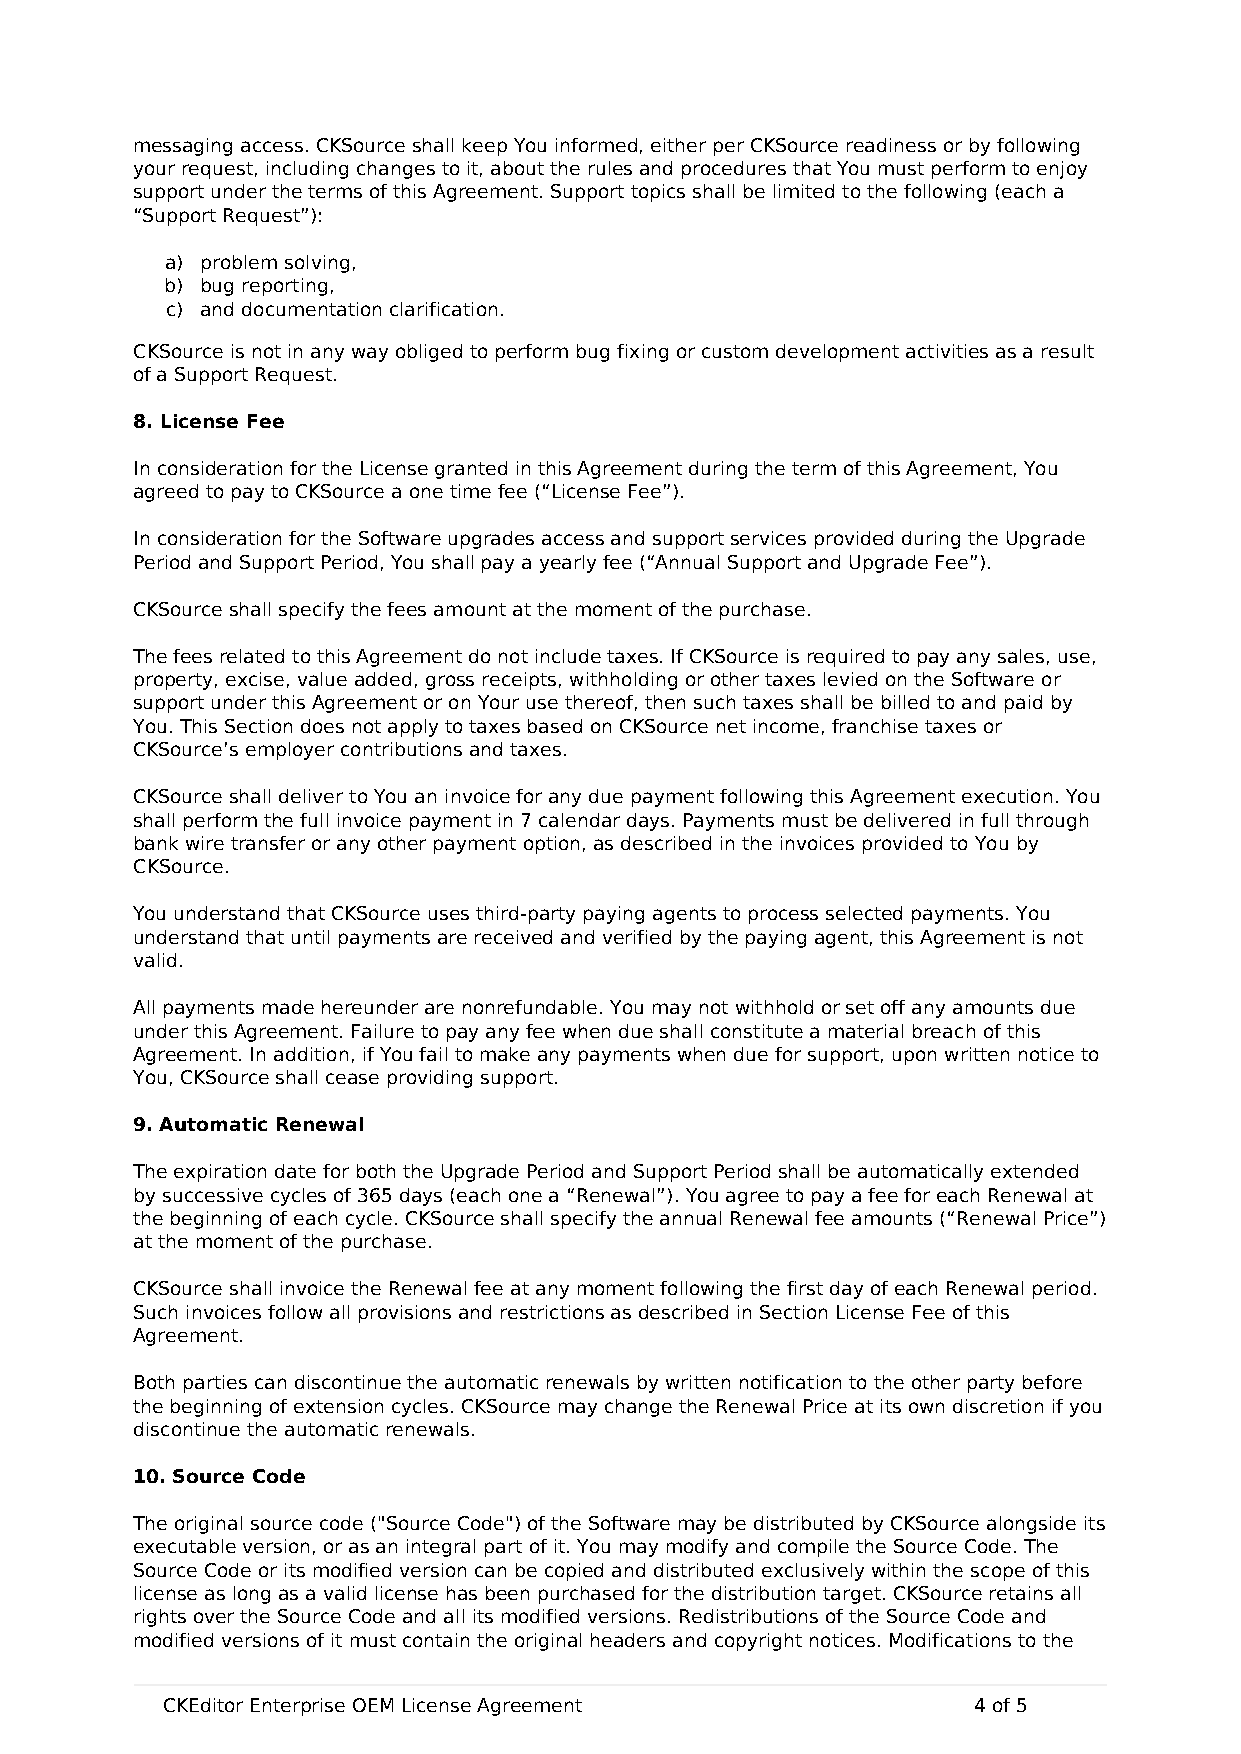
messaging access. CKSource shall keep You informed, either per CKSource readiness or by following
 your request, including changes to it, about the rules and procedures that You must perform to enjoy
 support under the terms of this Agreement. Support topics shall be limited to the following (each a
 “Support Request”):
 a) problem solving,
 b) bug reporting,
 c) and documentation clarification.
 CKSource is not in any way obliged to perform bug fixing or custom development activities as a result
 of a Support Request.
 8. License Fee
 In consideration for the License granted in this Agreement during the term of this Agreement, You
 agreed to pay to CKSource a one time fee (“License Fee”).
 In consideration for the Software upgrades access and support services provided during the Upgrade
 Period and Support Period, You shall pay a yearly fee (“Annual Support and Upgrade Fee”).
 CKSource shall specify the fees amount at the moment of the purchase.
 The fees related to this Agreement do not include taxes. If CKSource is required to pay any sales, use,
 property, excise, value added, gross receipts, withholding or other taxes levied on the Software or
 support under this Agreement or on Your use thereof, then such taxes shall be billed to and paid by
 You. This Section does not apply to taxes based on CKSource net income, franchise taxes or
 CKSource’s employer contributions and taxes.
 CKSource shall deliver to You an invoice for any due payment following this Agreement execution. You
 shall perform the full invoice payment in 7 calendar days. Payments must be delivered in full through
 bank wire transfer or any other payment option, as described in the invoices provided to You by
 CKSource.
 You understand that CKSource uses third-party paying agents to process selected payments. You
 understand that until payments are received and verified by the paying agent, this Agreement is not
 valid.
 All payments made hereunder are nonrefundable. You may not withhold or set off any amounts due
 under this Agreement. Failure to pay any fee when due shall constitute a material breach of this
 Agreement. In addition, if You fail to make any payments when due for support, upon written notice to
 You, CKSource shall cease providing support.
 9. Automatic Renewal
 The expiration date for both the Upgrade Period and Support Period shall be automatically extended
 by successive cycles of 365 days (each one a “Renewal”). You agree to pay a fee for each Renewal at
 the beginning of each cycle. CKSource shall specify the annual Renewal fee amounts (“Renewal Price”)
 at the moment of the purchase.
 CKSource shall invoice the Renewal fee at any moment following the first day of each Renewal period.
 Such invoices follow all provisions and restrictions as described in Section License Fee of this
 Agreement.
 Both parties can discontinue the automatic renewals by written notification to the other party before
 the beginning of extension cycles. CKSource may change the Renewal Price at its own discretion if you
 discontinue the automatic renewals.
 10. Source Code
 The original source code ("Source Code") of the Software may be distributed by CKSource alongside its
 executable version, or as an integral part of it. You may modify and compile the Source Code. The
 Source Code or its modified version can be copied and distributed exclusively within the scope of this
 license as long as a valid license has been purchased for the distribution target. CKSource retains all
 rights over the Source Code and all its modified versions. Redistributions of the Source Code and
 modified versions of it must contain the original headers and copyright notices. Modifications to the
 CKEditor Enterprise OEM License Agreement            4 of 5